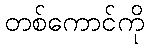
တစ်ကောင်ကို